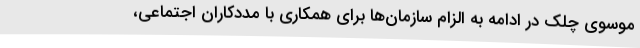
موسوی چلک در ادامه به الزام سازمان‌ها برای همکاری با مددکاران اجتماعی،